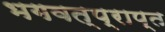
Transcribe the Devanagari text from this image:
भगवत्प्राप्त